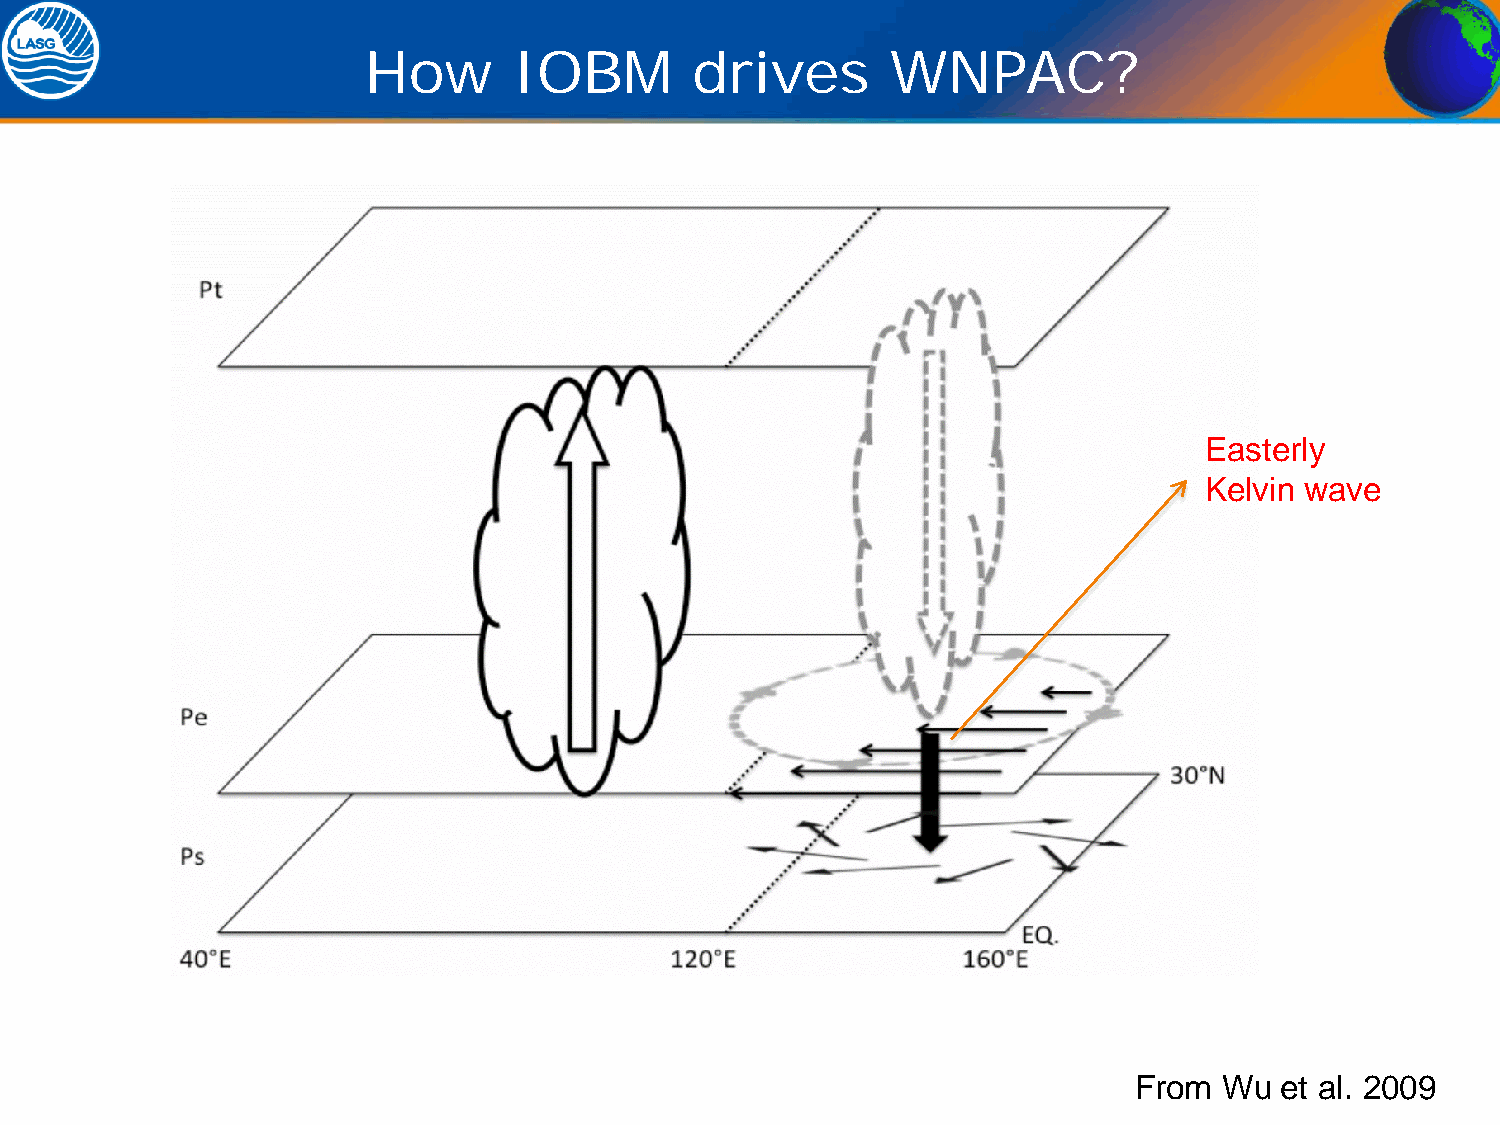
How       IOBM        drives       WNPAC?
 Easterly
 Kelvin wave
 From  Wu  et al. 2009